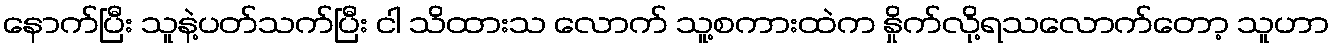
နောက်ပြီး သူနဲ့ပတ်သက်ပြီး ငါ သိထားသ လောက် သူ့စကားထဲက နှိုက်လို့ရသလောက်တော့ သူဟာ